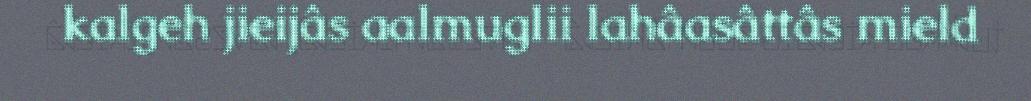
kalgeh jieijâs aalmuglii lahâasâttâs mield